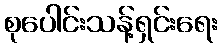
စုပေါင်းသန့်ရှင်းရေး